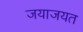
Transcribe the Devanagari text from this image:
जयाजयत